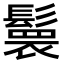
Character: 𮫏